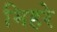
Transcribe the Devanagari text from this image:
मिहरे